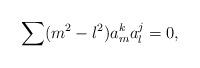
LaTeX: \begin{align*}\sum (m^2-l^2)a_m^k a_l^j = 0,\end{align*}